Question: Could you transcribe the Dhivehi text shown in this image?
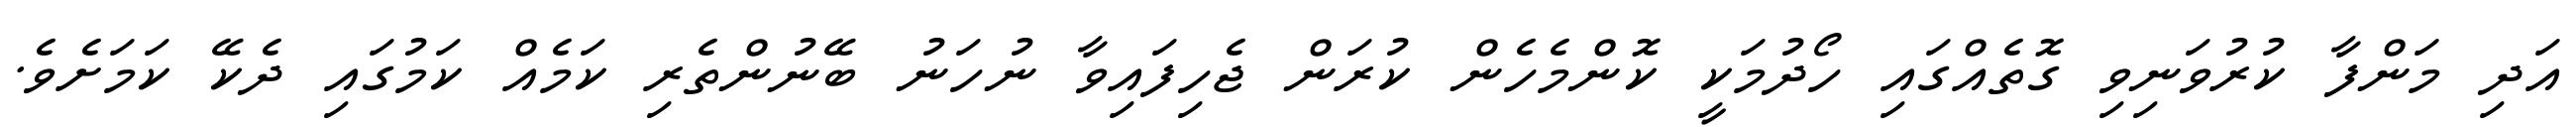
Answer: އަދި މަންފާ ކުރުވަނިވި ގޮތެއްގައި ހޯދުމަކީ ކޮންމެހެން ކުރަން ޖެހިފައިވާ ނުހަނު ބޭނުންތެރި ކަމެއް ކަމުގައި ދެކޭ ކަމަށެވެ.